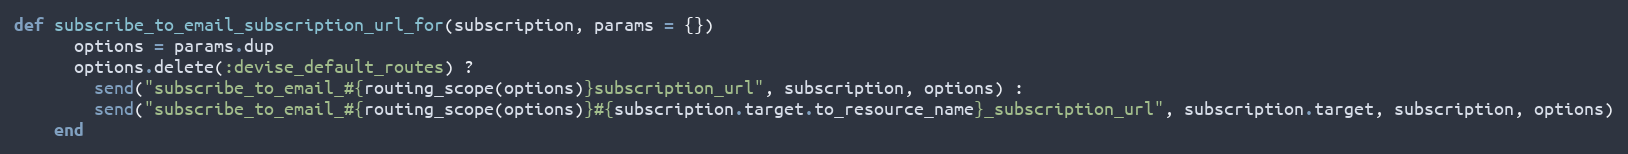
Language: Ruby
def subscribe_to_email_subscription_url_for(subscription, params = {})
      options = params.dup
      options.delete(:devise_default_routes) ?
        send("subscribe_to_email_#{routing_scope(options)}subscription_url", subscription, options) :
        send("subscribe_to_email_#{routing_scope(options)}#{subscription.target.to_resource_name}_subscription_url", subscription.target, subscription, options)
    end